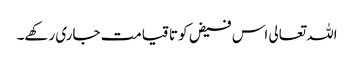
اللہ تعالی اس فیض کو تا قیامت جاری رکھے۔